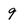
Character: q